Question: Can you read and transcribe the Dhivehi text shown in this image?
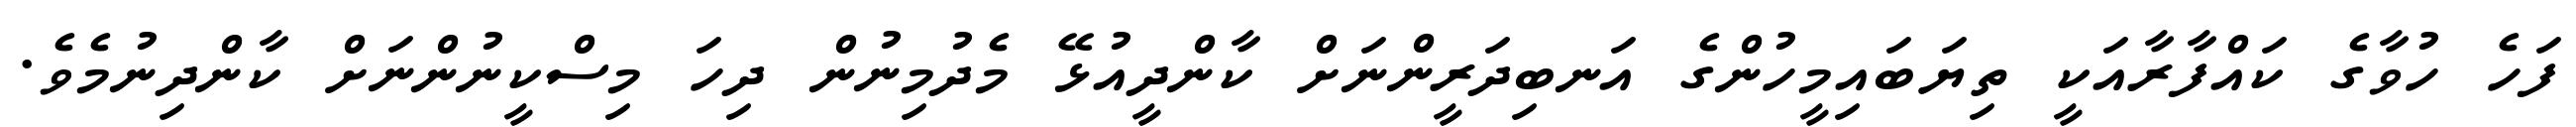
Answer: ފަހެ ހުވާގެ ކައްފާރާއަކީ ތިޔަބައިމީހުންގެ އަނބިދަރީންނަށް ކާންދީއުޅޭ މެދުމިނުން ދިހަ މިސްކީނުންނަށް ކާންދިނުމެވެ.